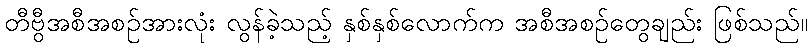
တီဗွီအစီအစဉ်အားလုံး လွန်ခဲ့သည့် နှစ်နှစ်လောက်က အစီအစဉ်တွေချည်း ဖြစ်သည်။